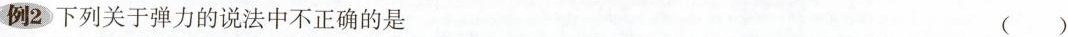
例2下列关于弹力的说法中不正确的是 ()